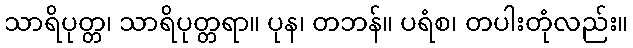
သာရိပုတ္တ၊ သာရိပုတ္တရာ။ ပုန၊ တဘန်။ ပရံစ၊ တပါးတုံလည်း။